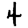
Digit: 4